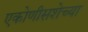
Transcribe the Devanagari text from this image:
एकोणीसशेच्या